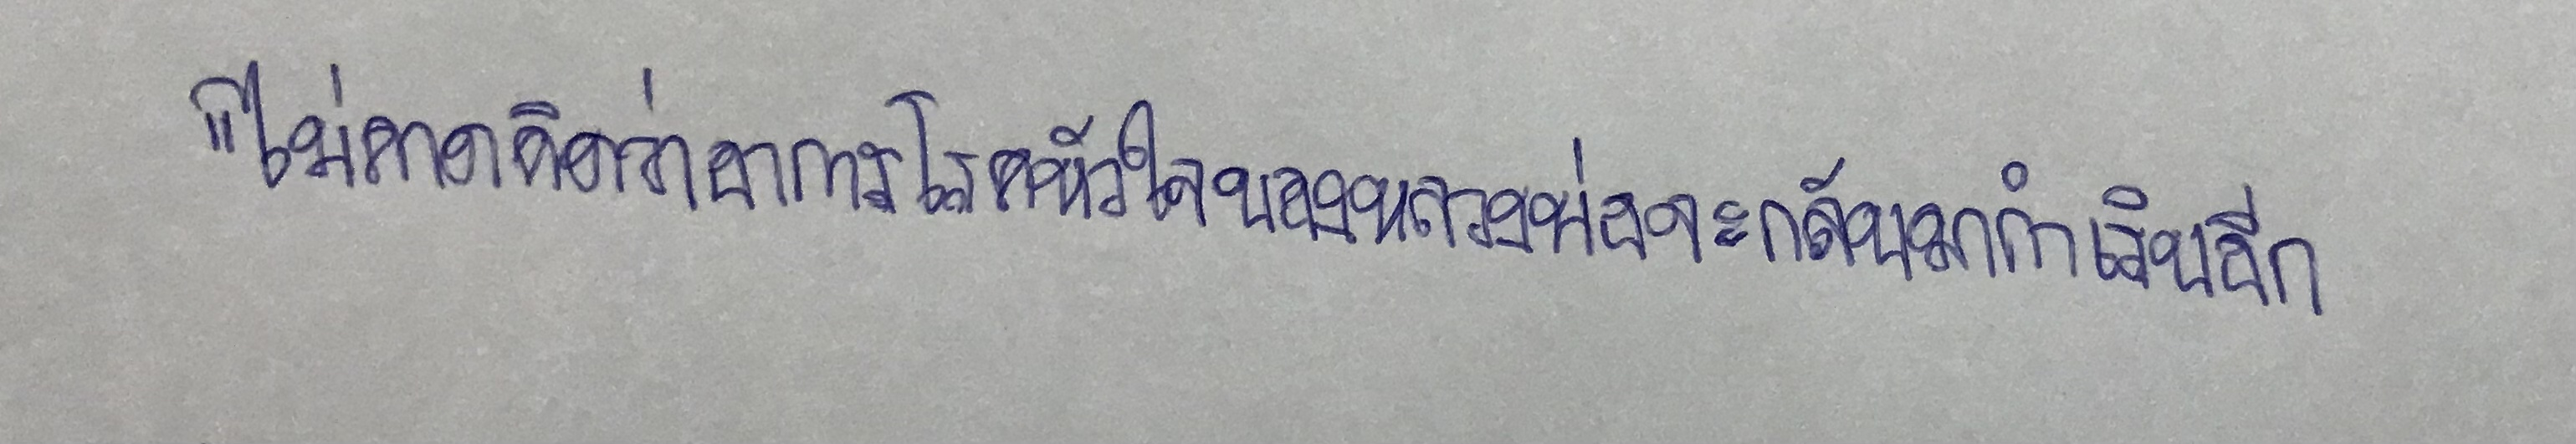
"ไม่คาดคิดว่าอาการโรคหัวใจของหลวงพ่อจะกลับมากำเริบอีก